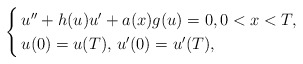
\begin{align*}\begin{cases}\, u'' + h(u) u' + a(x) g(u) = 0, 0 < x < T, \\\, u(0) = u(T), \, u'(0) = u'(T),\end{cases}\end{align*}